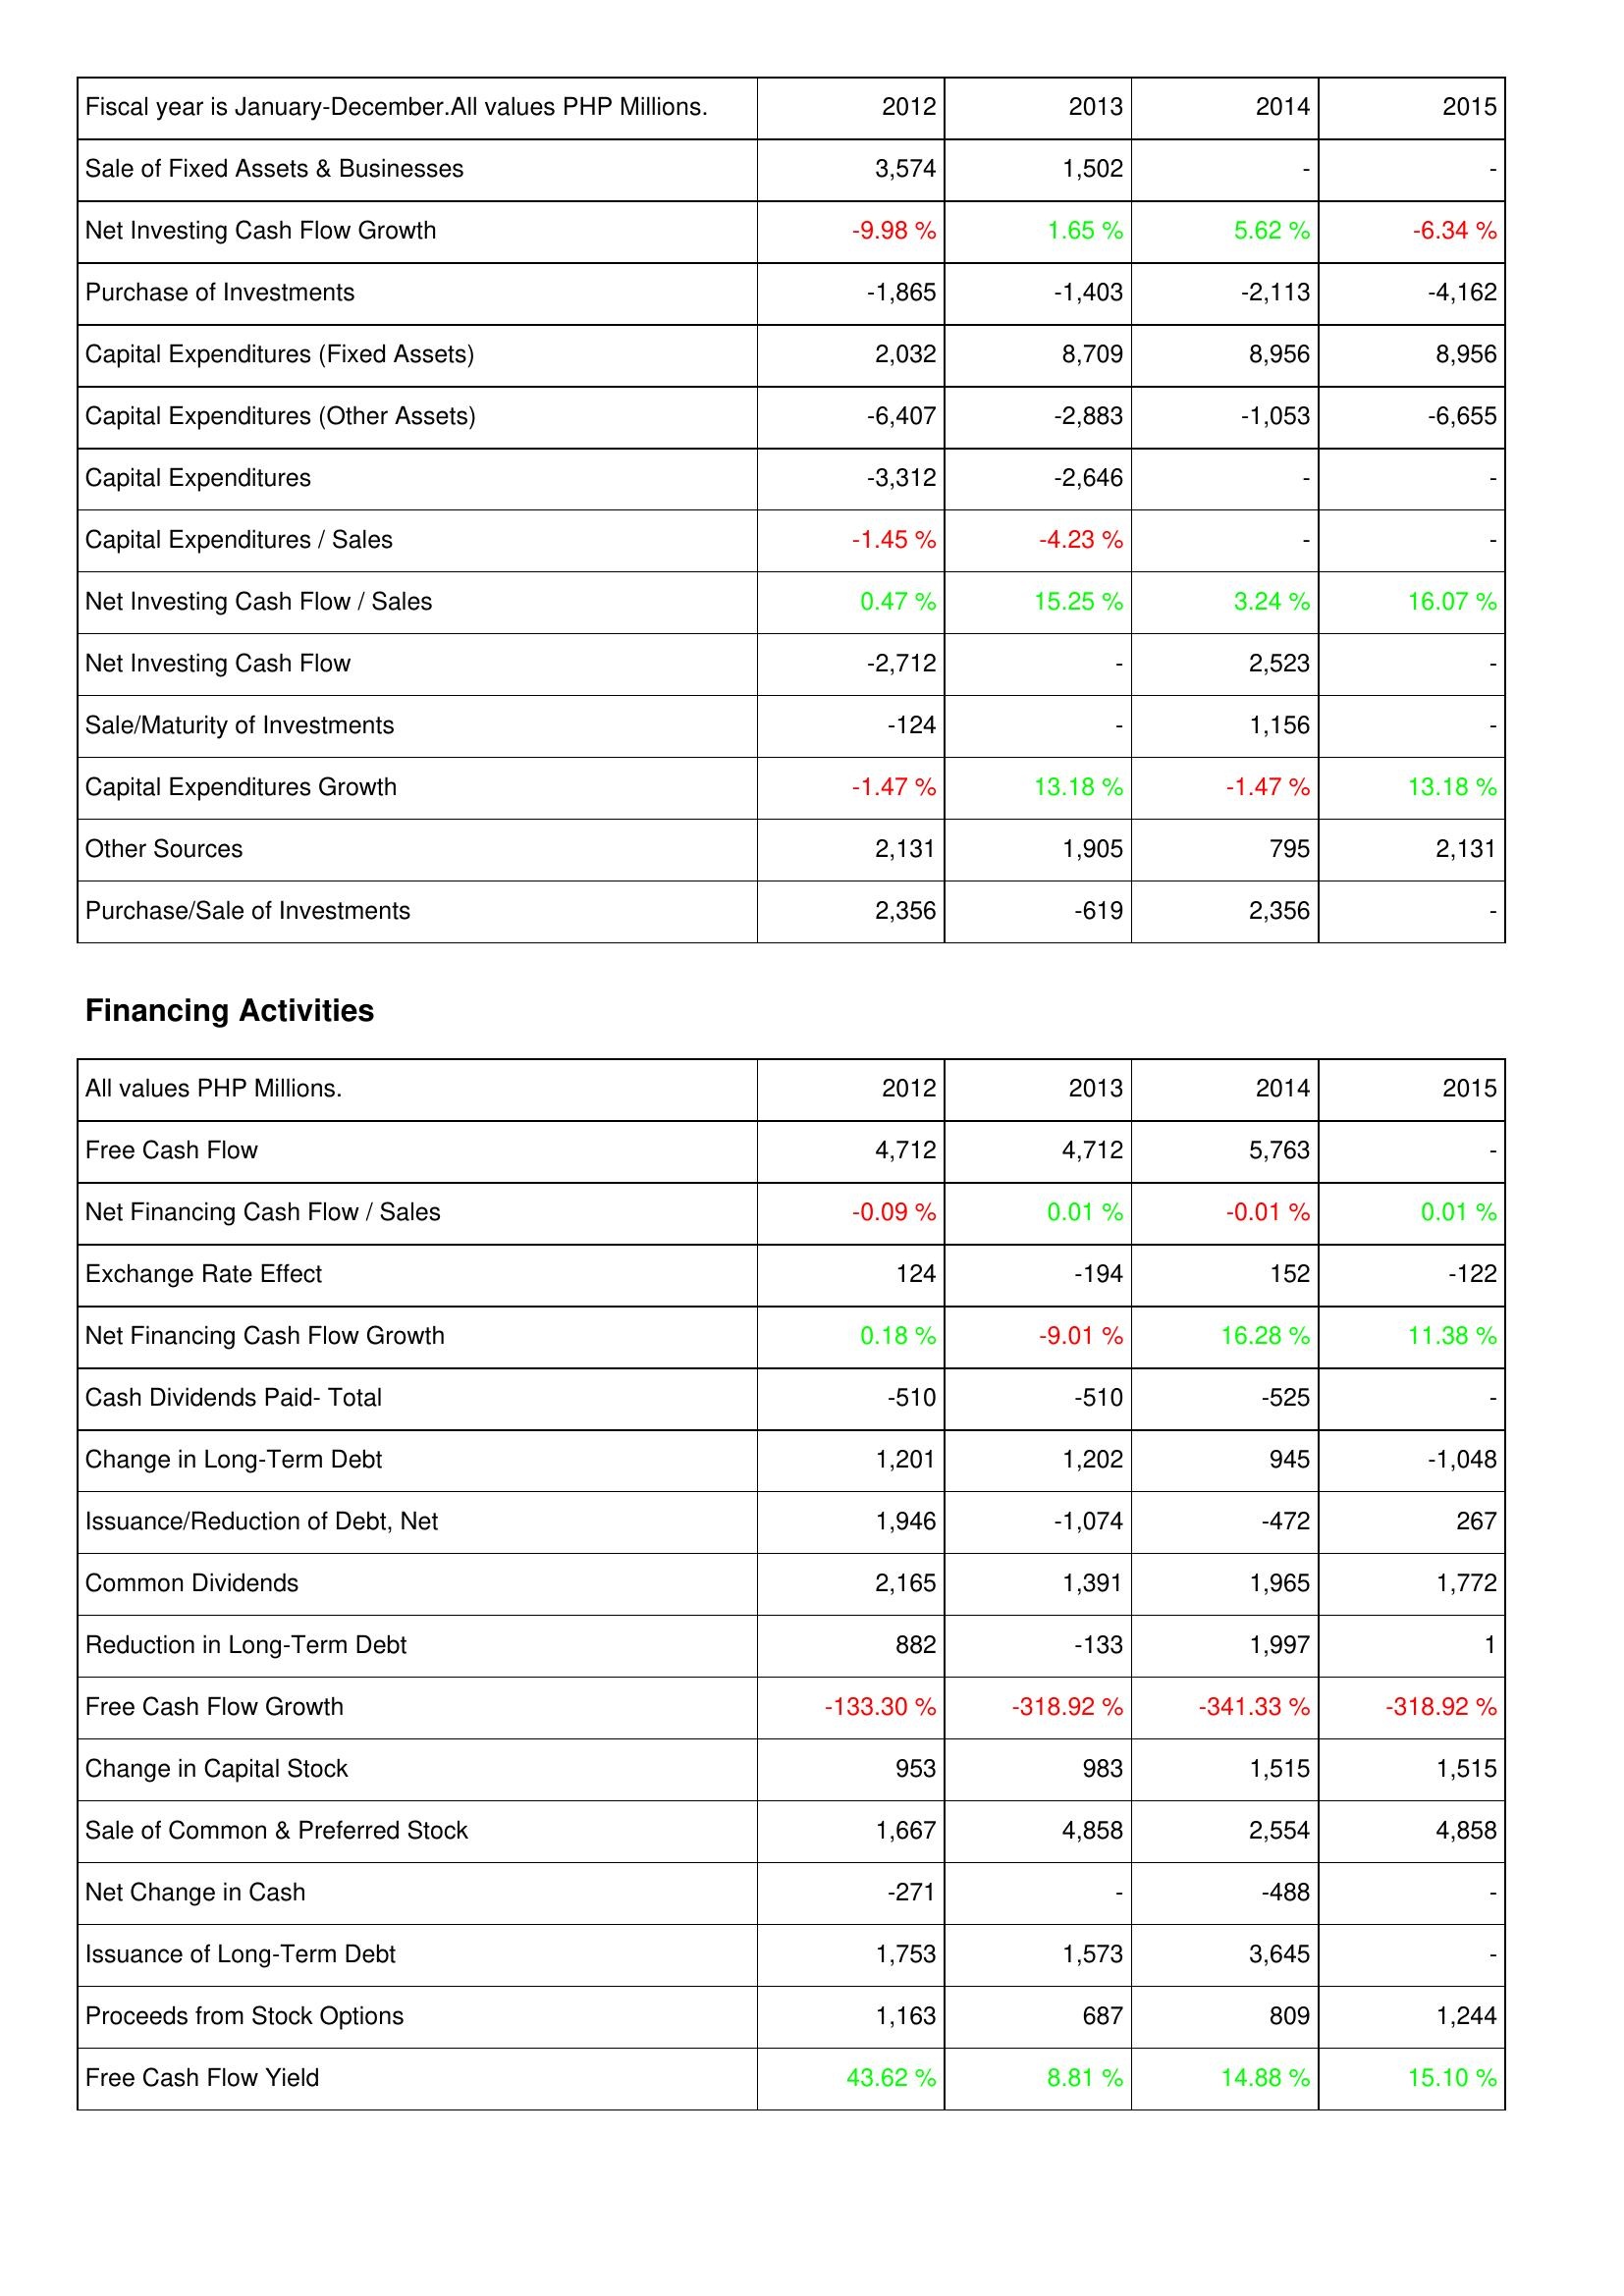
2012: Investing Activities: Sale of Fixed Assets & Businesses: 3,574
Net Investing Cash Flow Growth: -9.98 %
Purchase of Investments: -1,865
Capital Expenditures (Fixed Assets): 2,032
Capital Expenditures (Other Assets): -6,407
Capital Expenditures: -3,312
Capital Expenditures / Sales: -1.45 %
Net Investing Cash Flow / Sales: 0.47 %
Net Investing Cash Flow: -2,712
Sale/Maturity of Investments: -124
Capital Expenditures Growth: -1.47 %
Other Sources: 2,131
Purchase/Sale of Investments: 2,356
Financing Activities: Free Cash Flow: 4,712
Net Financing Cash Flow / Sales: -0.09 %
Exchange Rate Effect: 124
Net Financing Cash Flow Growth: 0.18 %
Cash Dividends Paid- Total: -510
Change in Long-Term Debt: 1,201
Issuance/Reduction of Debt, Net: 1,946
Common Dividends: 2,165
Reduction in Long-Term Debt: 882
Free Cash Flow Growth: -133.30 %
Change in Capital Stock: 953
Sale of Common & Preferred Stock: 1,667
Net Change in Cash: -271
Issuance of Long-Term Debt: 1,753
Proceeds from Stock Options: 1,163
Free Cash Flow Yield: 43.62 %
2013: Investing Activities: Sale of Fixed Assets & Businesses: 1,502
Net Investing Cash Flow Growth: 1.65 %
Purchase of Investments: -1,403
Capital Expenditures (Fixed Assets): 8,709
Capital Expenditures (Other Assets): -2,883
Capital Expenditures: -2,646
Capital Expenditures / Sales: -4.23 %
Net Investing Cash Flow / Sales: 15.25 %
Net Investing Cash Flow: -
Sale/Maturity of Investments: -
Capital Expenditures Growth: 13.18 %
Other Sources: 1,905
Purchase/Sale of Investments: -619
Financing Activities: Free Cash Flow: 4,712
Net Financing Cash Flow / Sales: 0.01 %
Exchange Rate Effect: -194
Net Financing Cash Flow Growth: -9.01 %
Cash Dividends Paid- Total: -510
Change in Long-Term Debt: 1,202
Issuance/Reduction of Debt, Net: -1,074
Common Dividends: 1,391
Reduction in Long-Term Debt: -133
Free Cash Flow Growth: -318.92 %
Change in Capital Stock: 983
Sale of Common & Preferred Stock: 4,858
Net Change in Cash: -
Issuance of Long-Term Debt: 1,573
Proceeds from Stock Options: 687
Free Cash Flow Yield: 8.81 %
2014: Investing Activities: Sale of Fixed Assets & Businesses: -
Net Investing Cash Flow Growth: 5.62 %
Purchase of Investments: -2,113
Capital Expenditures (Fixed Assets): 8,956
Capital Expenditures (Other Assets): -1,053
Capital Expenditures: -
Capital Expenditures / Sales: -
Net Investing Cash Flow / Sales: 3.24 %
Net Investing Cash Flow: 2,523
Sale/Maturity of Investments: 1,156
Capital Expenditures Growth: -1.47 %
Other Sources: 795
Purchase/Sale of Investments: 2,356
Financing Activities: Free Cash Flow: 5,763
Net Financing Cash Flow / Sales: -0.01 %
Exchange Rate Effect: 152
Net Financing Cash Flow Growth: 16.28 %
Cash Dividends Paid- Total: -525
Change in Long-Term Debt: 945
Issuance/Reduction of Debt, Net: -472
Common Dividends: 1,965
Reduction in Long-Term Debt: 1,997
Free Cash Flow Growth: -341.33 %
Change in Capital Stock: 1,515
Sale of Common & Preferred Stock: 2,554
Net Change in Cash: -488
Issuance of Long-Term Debt: 3,645
Proceeds from Stock Options: 809
Free Cash Flow Yield: 14.88 %
2015: Investing Activities: Sale of Fixed Assets & Businesses: -
Net Investing Cash Flow Growth: -6.34 %
Purchase of Investments: -4,162
Capital Expenditures (Fixed Assets): 8,956
Capital Expenditures (Other Assets): -6,655
Capital Expenditures: -
Capital Expenditures / Sales: -
Net Investing Cash Flow / Sales: 16.07 %
Net Investing Cash Flow: -
Sale/Maturity of Investments: -
Capital Expenditures Growth: 13.18 %
Other Sources: 2,131
Purchase/Sale of Investments: -
Financing Activities: Free Cash Flow: -
Net Financing Cash Flow / Sales: 0.01 %
Exchange Rate Effect: -122
Net Financing Cash Flow Growth: 11.38 %
Cash Dividends Paid- Total: -
Change in Long-Term Debt: -1,048
Issuance/Reduction of Debt, Net: 267
Common Dividends: 1,772
Reduction in Long-Term Debt: 1
Free Cash Flow Growth: -318.92 %
Change in Capital Stock: 1,515
Sale of Common & Preferred Stock: 4,858
Net Change in Cash: -
Issuance of Long-Term Debt: -
Proceeds from Stock Options: 1,244
Free Cash Flow Yield: 15.10 %